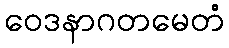
ဝေဒနာဂတမေတံ